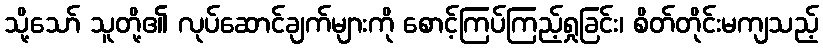
သို့သော် သူတို့၏ လုပ်ဆောင်ချက်များကို စောင့်ကြပ်ကြည့်ရှုခြင်း၊ စိတ်တိုင်းမကျသည့်